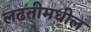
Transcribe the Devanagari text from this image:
लढतीमधील